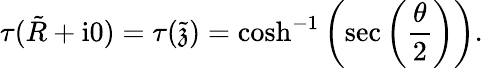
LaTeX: \tau(\tilde{R}+\mathrm{i}0)=\tau(\tilde{\mathfrak{z}})=\cosh^{-1}\left(\sec\left(\frac{\theta}{2}\right)\right).